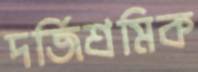
দর্জিশ্রমিক